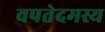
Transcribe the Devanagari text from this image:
वपतेदमस्य